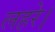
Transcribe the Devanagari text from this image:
लहरे।